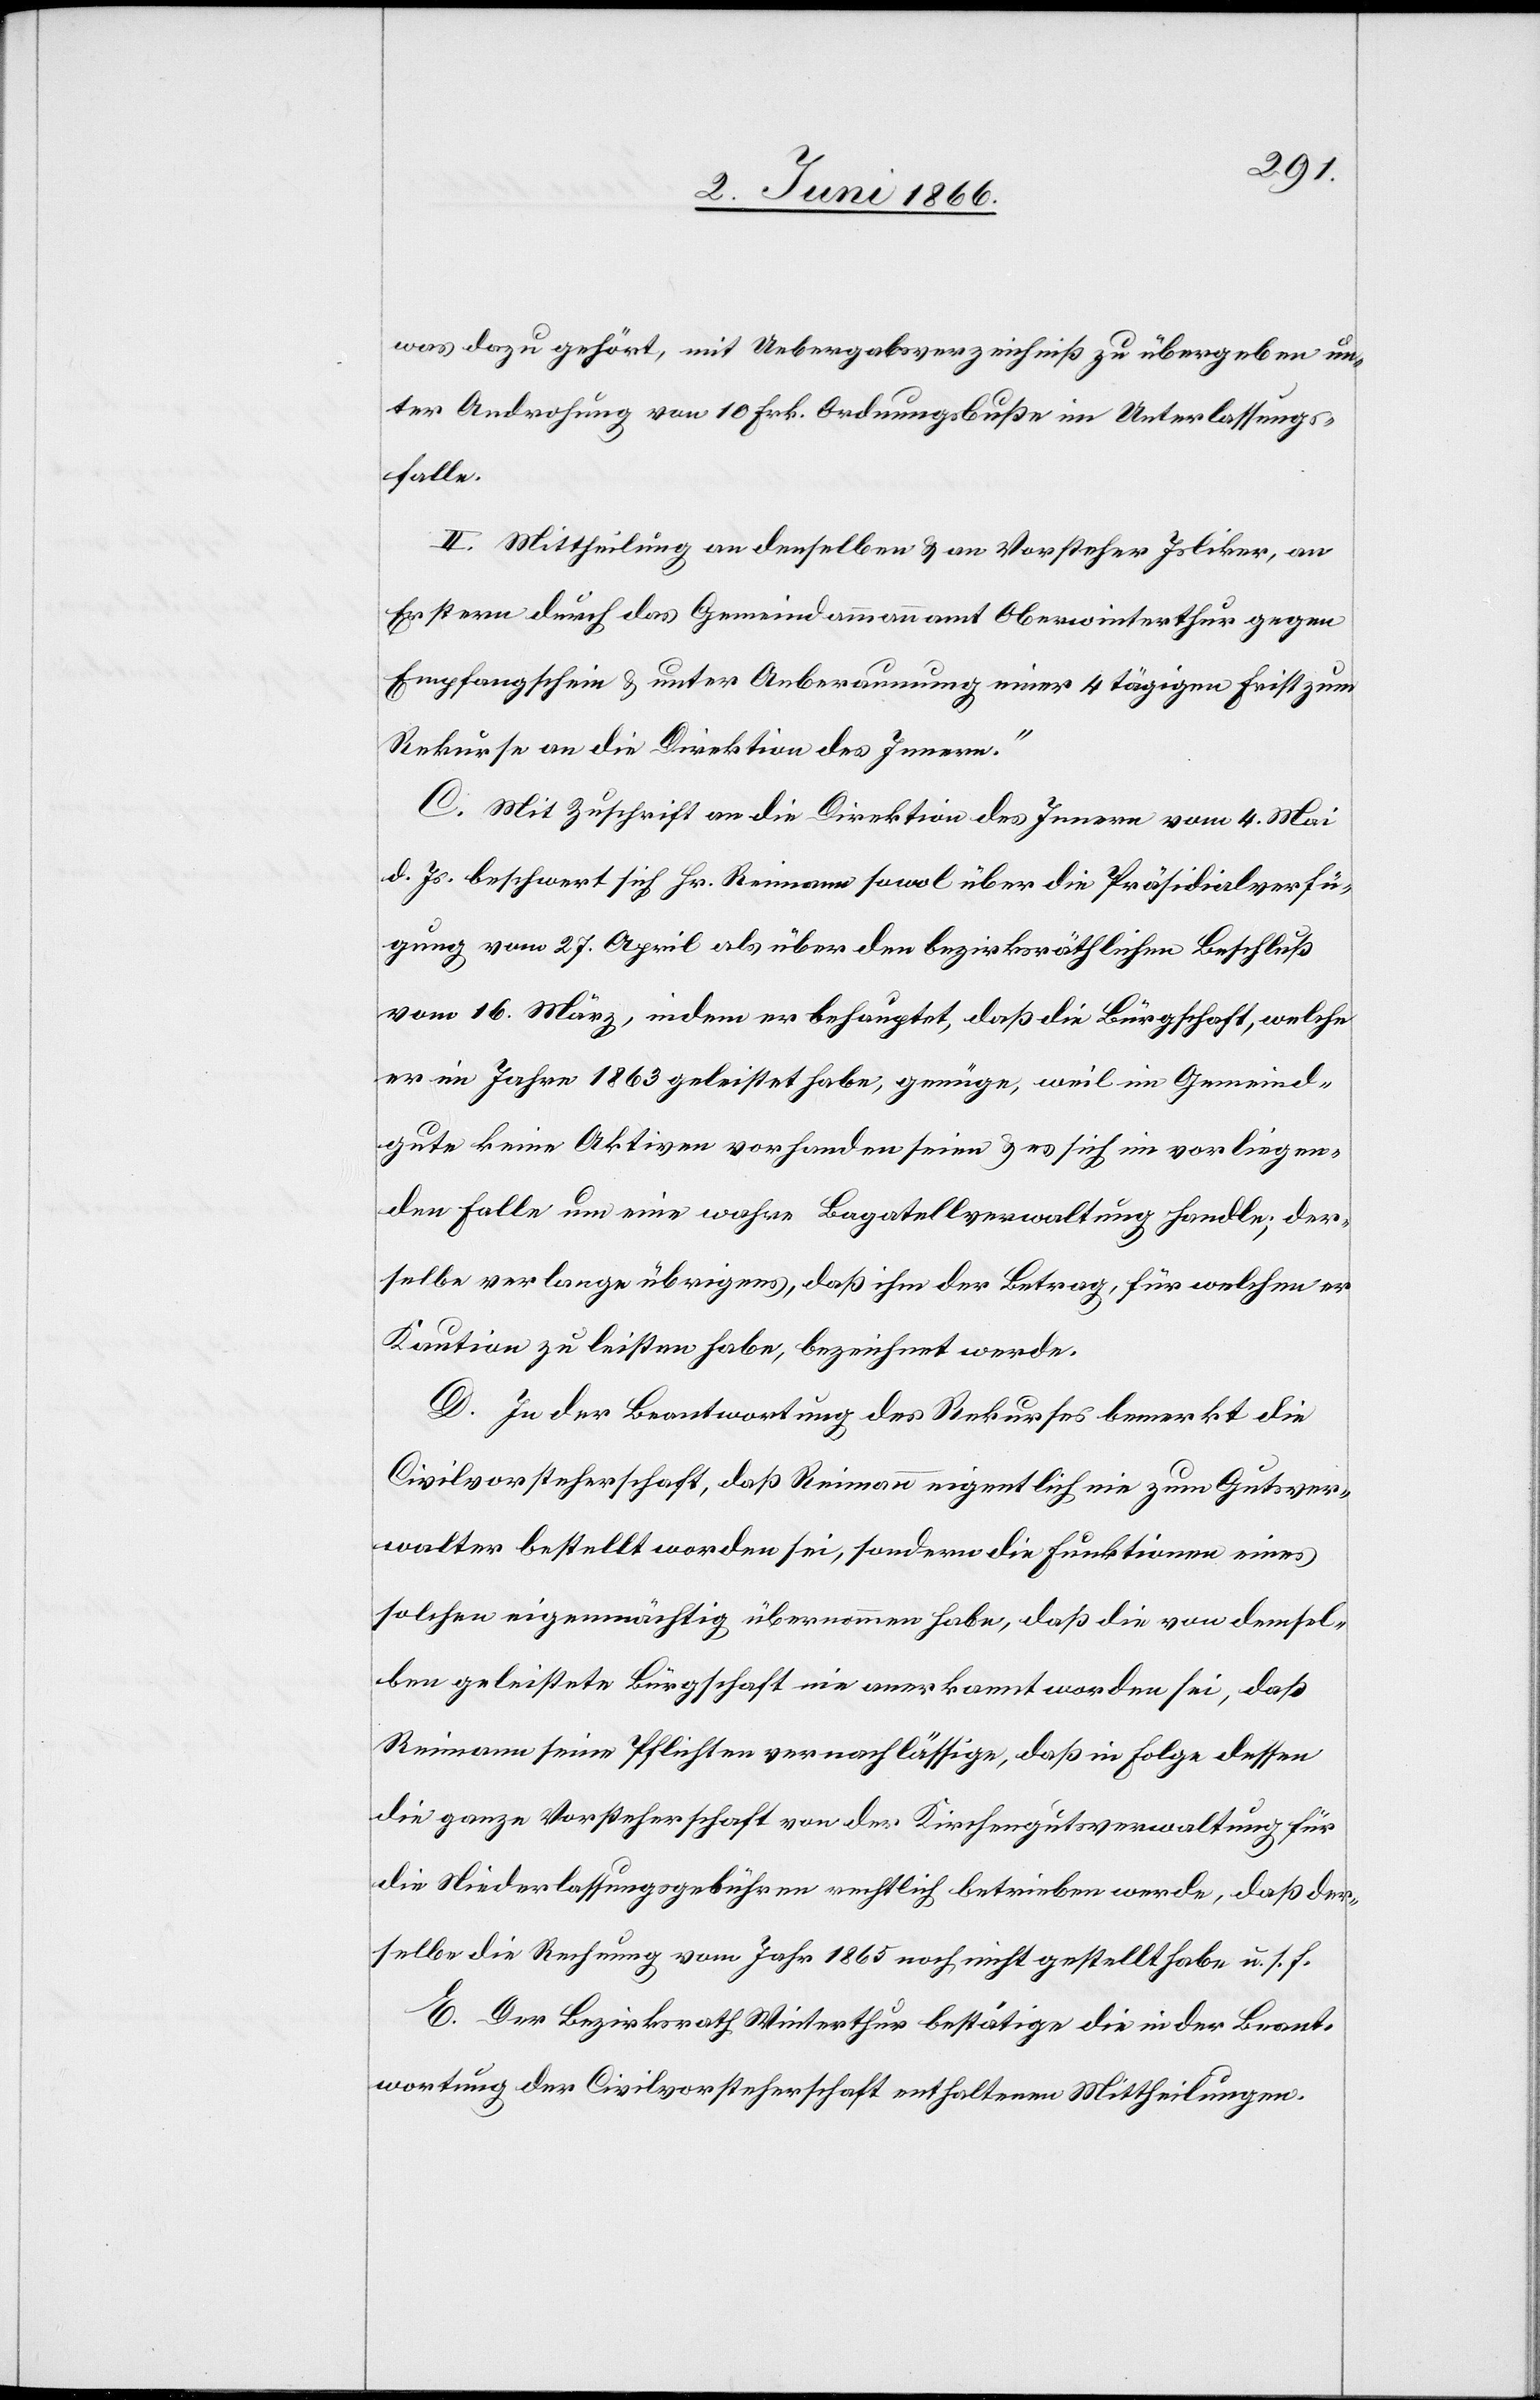
was dazu gehört, mit Uebergabsverzeichniß zu übergeben un¬
ter Androhung von 10 Frk. Ordnungsbuße im Unterlassungs¬
falle.
II. Mittheilung an denselben u. an Vorsteher Isliker, an
Erstern durch das Gemeindammannamt Oberwinterthur gegen
Empfangschein u. unter Anberaumung einer 4 tägigen Frist zum
Rekurse an die Direktion des Innern.“
C. Mit Zuschrift an die Direktion des Innern vom 4. Mai
d. Js. beschwert sich Hr. Reimann sowol über die Präsidialverfü¬
gung vom 27. April als über den bezirksräthlichen Beschluß
vom 16. März, indem er behauptet, daß die Bürgschaft, welche
er im Jahre 1863 geleistet habe, genüge, weil im Gemeind¬
gute keine Aktiven vorhanden seien u. es sich im vorliegenden
derselbe verlange übrigens, daß ihm der Betrag, für welchen er
Kaution zu leisten habe, bezeichnet werde.
D. In der Beantwortung des Rekurses bemerkt die
Civilvorsteherschaft, daß Reimann eigentlich nie zum Gutsver¬
walter bestellt worden sei, sondern die Funktionen eines
solchen eigenmächtig übernommen habe, daß die von demsel¬
ben geleistete Bürgschaft nie anerkannt worden sei, daß
Reimann seine Pflichten vernachlässige, daß in Folge dessen
die ganze Vorsteherschaft von der Kirchengutsverwaltung für
die Niederlassungsgebühren rechtlich betrieben werde, daß der¬
selbe die Rechnung vom Jahr 1865 noch nicht gestellt habe u. s. f.
E. Der Bezirksrath Winterthur bestätige die in der Beant¬
wortung der Civilvorsteherschaft enthaltenen Mittheilungen.